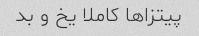
پیتزا‌ها کاملا یخ و بد